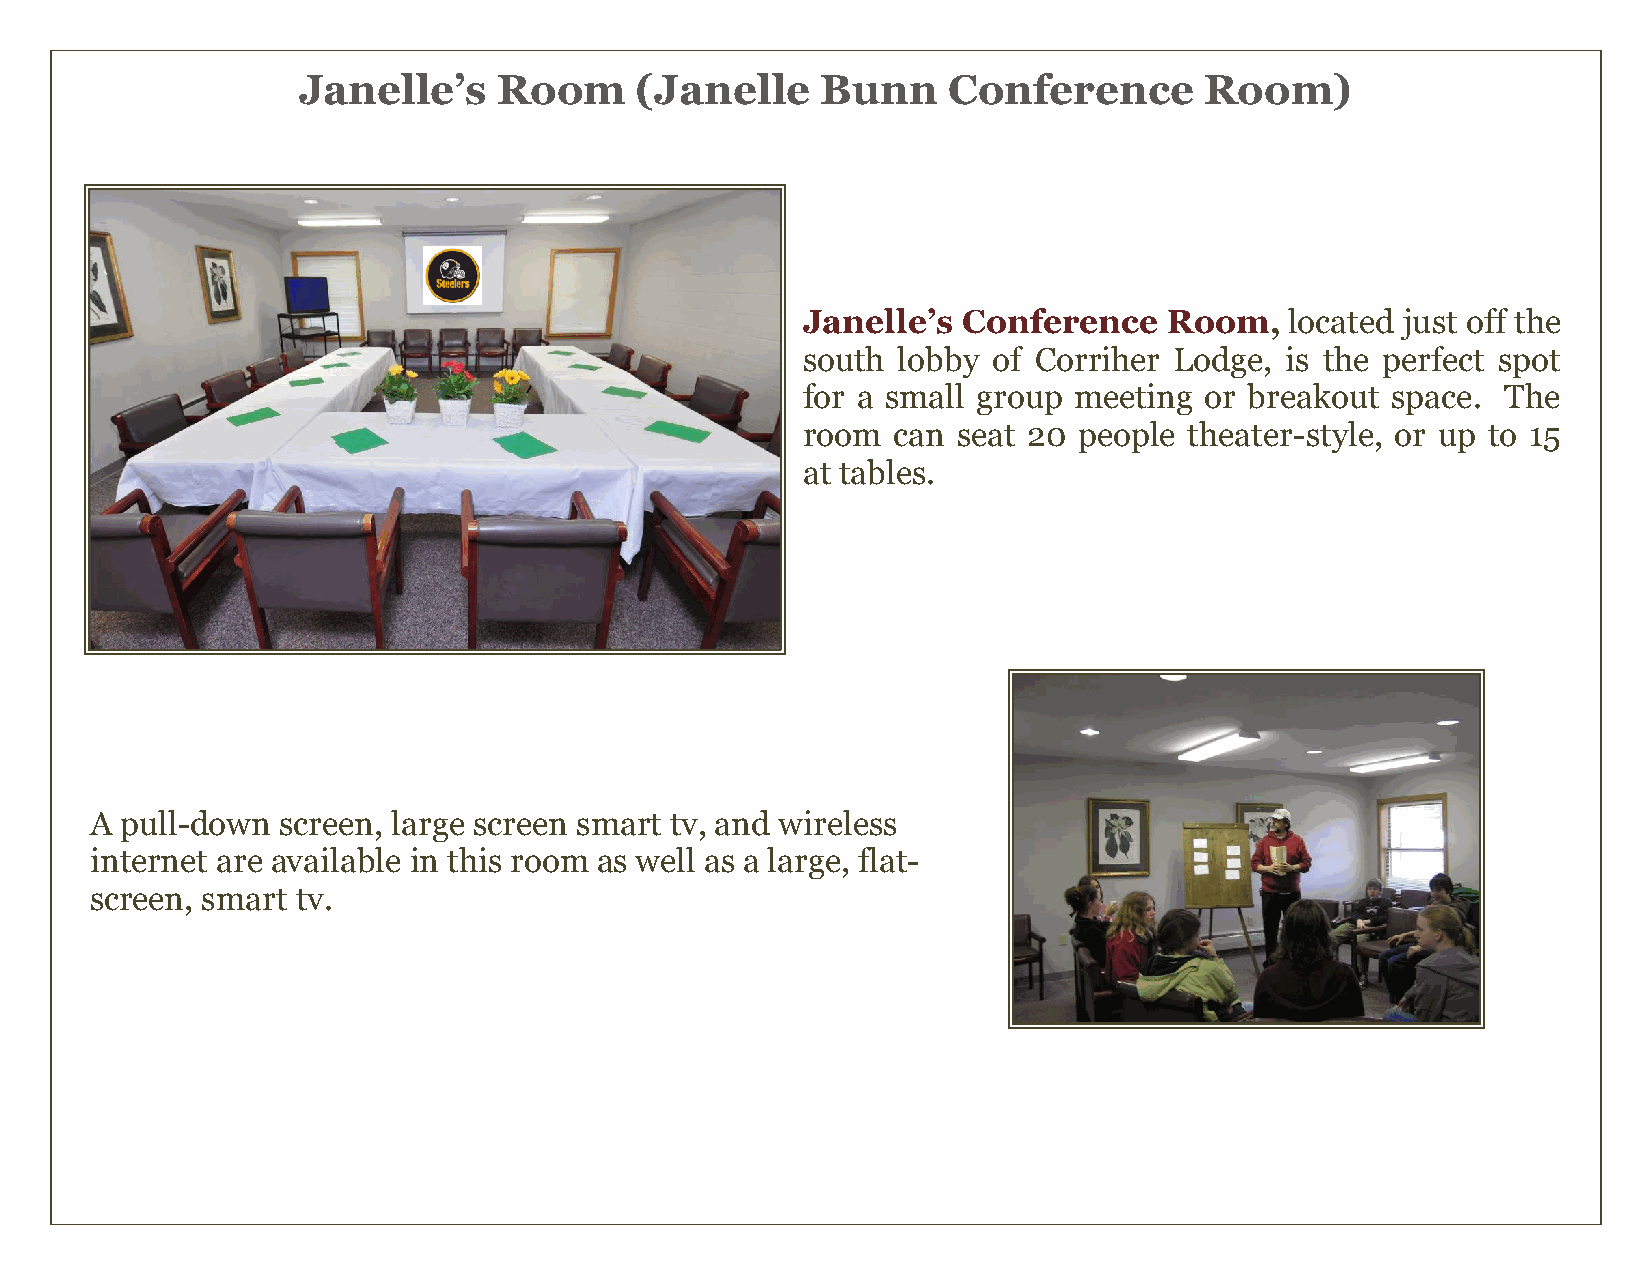
Janelle’s    Room     (Janelle    Bunn     Conference       Room)
 Janelle’s  Conference   Room,   located just off the
 south lobby  of Corriher Lodge, is the perfect spot
 for a small group meeting  or breakout space.  The
 room  can seat 20 people  theater-style, or up to 15
 at tables.
 A pull-down  screen, large screen smart tv, and wireless
 internet are available in this room as well as a large, flat-
 screen, smart tv.